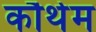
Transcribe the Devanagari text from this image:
कौथेम